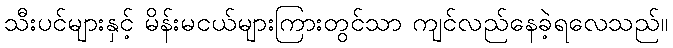
သီးပင်များနှင့် မိန်းမငယ်များကြားတွင်သာ ကျင်လည်နေခဲ့ရလေသည်။